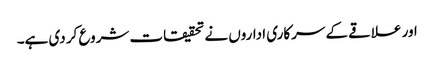
اور علاقے کے سرکاری اداروں نے تحقیقات شروع کر دی ہے۔